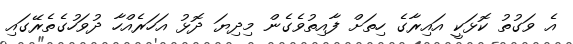
އެ ވަގުތު ކޮޅަކީ އައިރާގެ ހިތަށް ފާއިތުވެގެން މިދިޔަ ދޮޅު އަހަރެއްހާ ދުވަހުގެތެރޭގައި